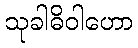
သုခါဓိဝါဟော